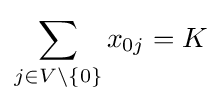
\sum _{j\in {V\backslash \left\{0\right\}}}x_{0j}=K